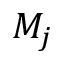
M _ { j }